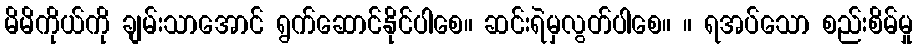
မိမိကိုယ်ကို ချမ်းသာအောင် ရွက်ဆောင်နိုင်ပါစေ။ ဆင်းရဲမှလွတ်ပါစေ။ ။ ရအပ်သော စည်းစိမ်မှု